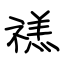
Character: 禚